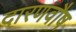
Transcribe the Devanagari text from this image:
दारणवौष